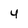
Character: 4